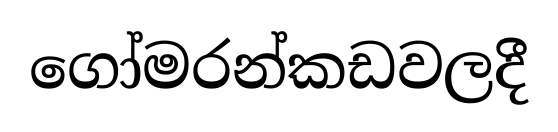
ගෝමරන්කඩවලදී